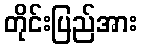
တိုင်းပြည်အား